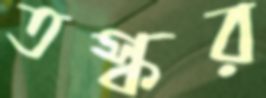
তস্কর